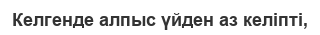
Келгенде алпыс үйден аз келіпті,